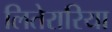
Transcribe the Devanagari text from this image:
लितेरारिया